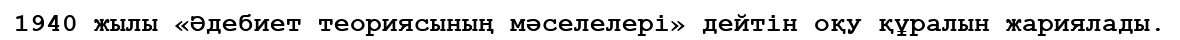
1940 жылы «Әдебиет теориясының мәселелері» дейтін оқу құралын жариялады.